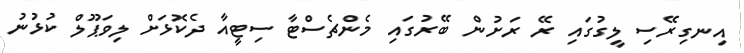
އިނގިރޭސި ލީގުގައި ރޭ ރަށުން ބޭރުގައި މެންޗެސްޓާ ސިޓީއާ ދެކޮޅަށް ލިވަޕޫލް ކުޅުނު